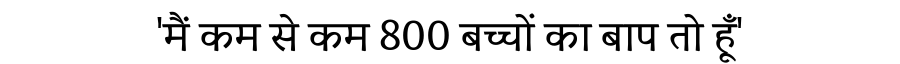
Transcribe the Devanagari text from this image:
'मैं कम से कम 800 बच्चों का बाप तो हूँ'